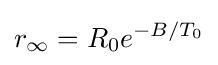
r_{\infty }=R_{0}e^{-B/T_{0}}